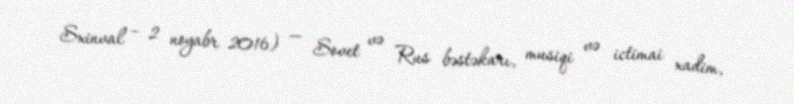
Sxinval – 2 noyabr 2016) — Sovet və Rus bəstəkarı, musiqi və ictimai xadim,